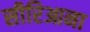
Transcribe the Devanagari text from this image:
सीरिआना